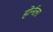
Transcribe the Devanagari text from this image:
होर्नला